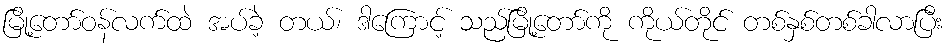
မြို့တော်ဝန်လက်ထဲ အပ်ခဲ့ တယ်၊ ဒါကြောင့် သည်မြို့တော်ကို ကိုယ်တိုင် တစ်နှစ်တစ်ခါလာပြီး